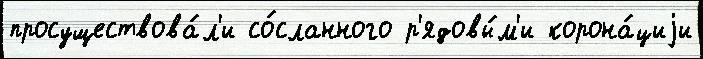
просуществова́л'и со́сланного р'ядовы́м'и корона́циjи